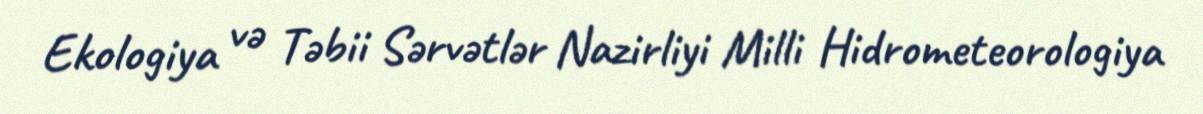
Ekologiya və Təbii Sərvətlər Nazirliyi Milli Hidrometeorologiya